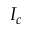
I _ { c }